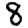
Digit: 8